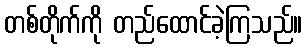
တစ်တိုက်ကို တည်ထောင်ခဲ့ကြသည်။